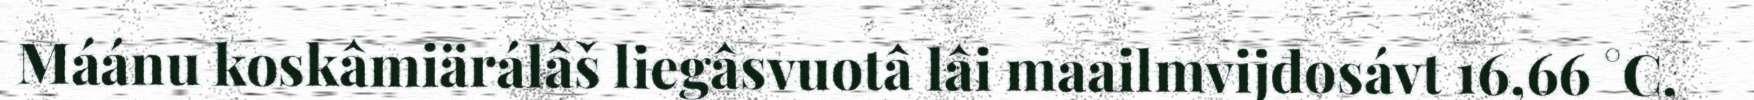
Máánu koskâmiärálâš liegâsvuotâ lâi maailmvijđosávt 16,66 °C,